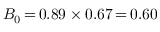
B _ { 0 } \, { = } \, 0 . 8 9 \times 0 . 6 7 \, { = } \, 0 . 6 0